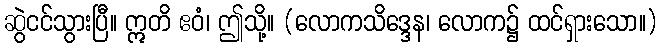
ဆွဲငင်သွားပြီ။ ဣတိ ဧဝံ၊ ဤသို့။ (လောကသိဒ္ဒေန၊ လောက၌ ထင်ရှားသော။)